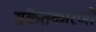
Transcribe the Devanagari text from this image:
संकेतकारणों